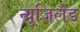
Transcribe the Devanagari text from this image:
न्यूजिलैंड